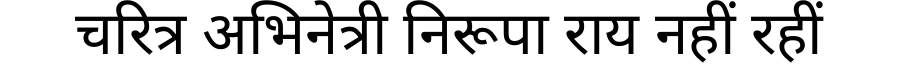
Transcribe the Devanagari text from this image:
चरित्र अभिनेत्री निरूपा राय नहीं रहीं